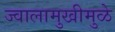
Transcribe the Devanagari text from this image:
ज्वालामुखीमुळे